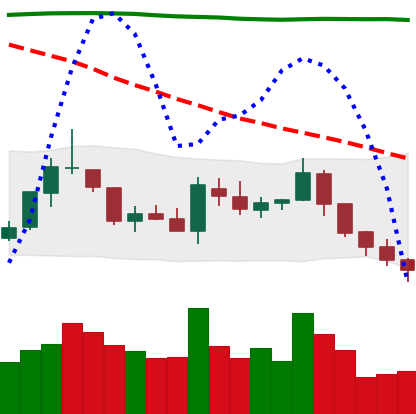
Ticker: TRX-USD
Chart end date: 2018-08-03
Forward return: -19.999%
Label: down_7plus